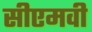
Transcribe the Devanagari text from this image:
सीएमवी